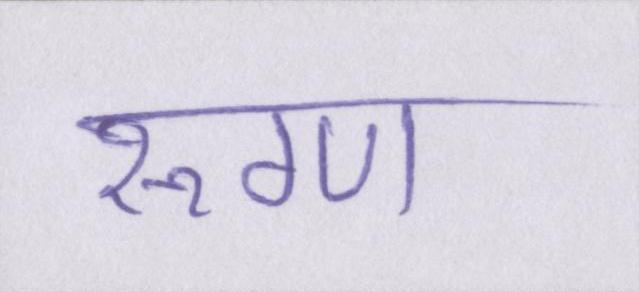
रूग्ण